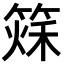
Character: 𥰂